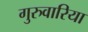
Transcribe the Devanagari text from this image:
गुरुवारिया